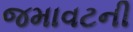
જમાવટની